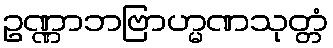
ဥဏ္ဏာဘဗြာဟ္မဏသုတ္တံ